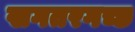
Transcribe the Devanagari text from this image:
खगतरगच्छ